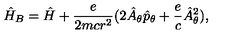
\hat { H } _ { B } = \hat { H } + \frac { e } { 2 m c r ^ { 2 } } ( 2 \hat { A } _ { \theta } \hat { p } _ { \theta } + \frac { e } { c } \hat { A } _ { \theta } ^ { 2 } ) ,